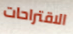
الاقتراحات